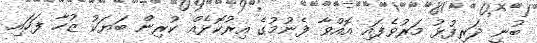
ބުނީ ދަރިފުޅު މަރުވެފައި އޮއްވާ ފެނުމުގެ އިރުކޮޅެއް ކުރިން ބަޔަކު ޒުހާ ފަހައި